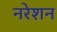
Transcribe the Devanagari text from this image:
नरेशन